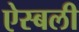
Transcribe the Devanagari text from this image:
ऐस्बली